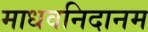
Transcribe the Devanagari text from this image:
माधवनिदानम